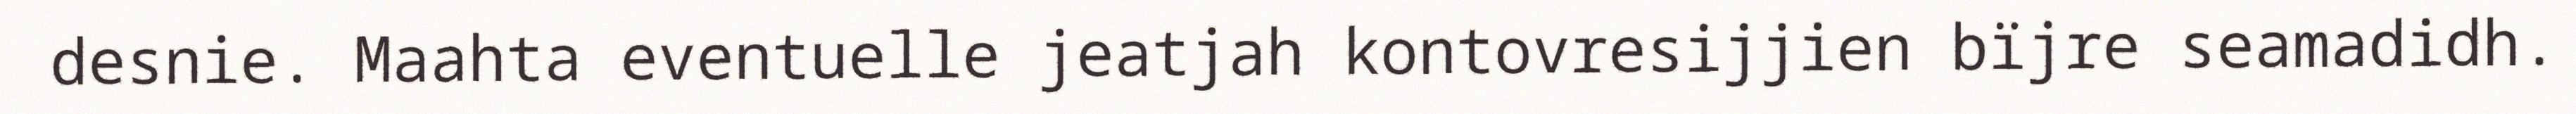
desnie. Maahta eventuelle jeatjah kontovresijjien bïjre seamadidh.